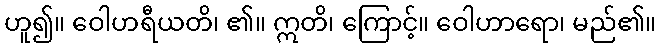
ဟူ၍။ ဝေါဟရီယတိ၊ ၏။ ဣတိ၊ ကြောင့်။ ဝေါဟာရော၊ မည်၏။